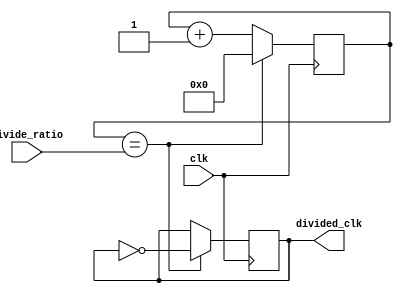
module fractional_clock_divider (
    input wire clk,
    input wire [7:0] divide_ratio,
    output wire divided_clk
);

reg [7:0] count;
reg divided_clk_reg;

always @(posedge clk) begin
    if (count == divide_ratio) begin
        divided_clk_reg <= ~divided_clk_reg;
        count <= 0;
    end else begin
        count <= count + 1;
    end
end

assign divided_clk = divided_clk_reg;

endmodule